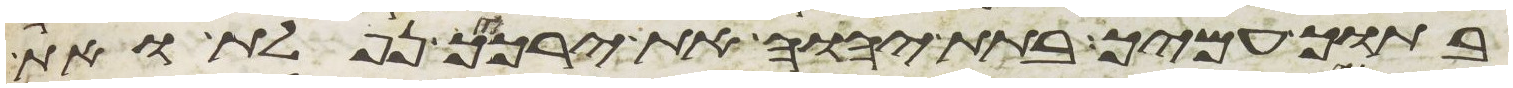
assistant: בתוך עמיך בתת יהוה את ירכיך נפלת ואת